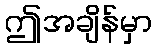
ဤအချိန်မှာ